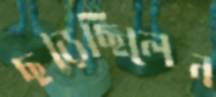
ছড়েছিলেন